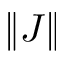
\| J \|